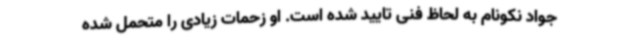
جواد نکونام به لحاظ فنی تایید شده است. او زحمات زیادی را متحمل شده